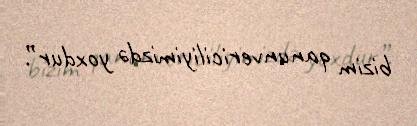
bizim qanunvericiliyimizdə yoxdur”.